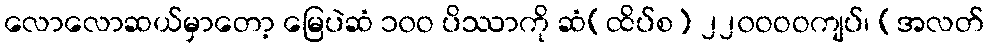
လောလောဆယ်မှာတော့ မြေပဲဆံ ၁၀ဝ ပိဿာကို ဆံ(ထိပ်စ) ၂၂၀ဝဝဝကျပ်၊ (အလတ်